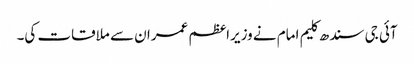
آئی جی سندھ کلیم امام نے وزیراعظم عمران سے ملاقات کی۔